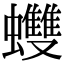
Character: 𧕟